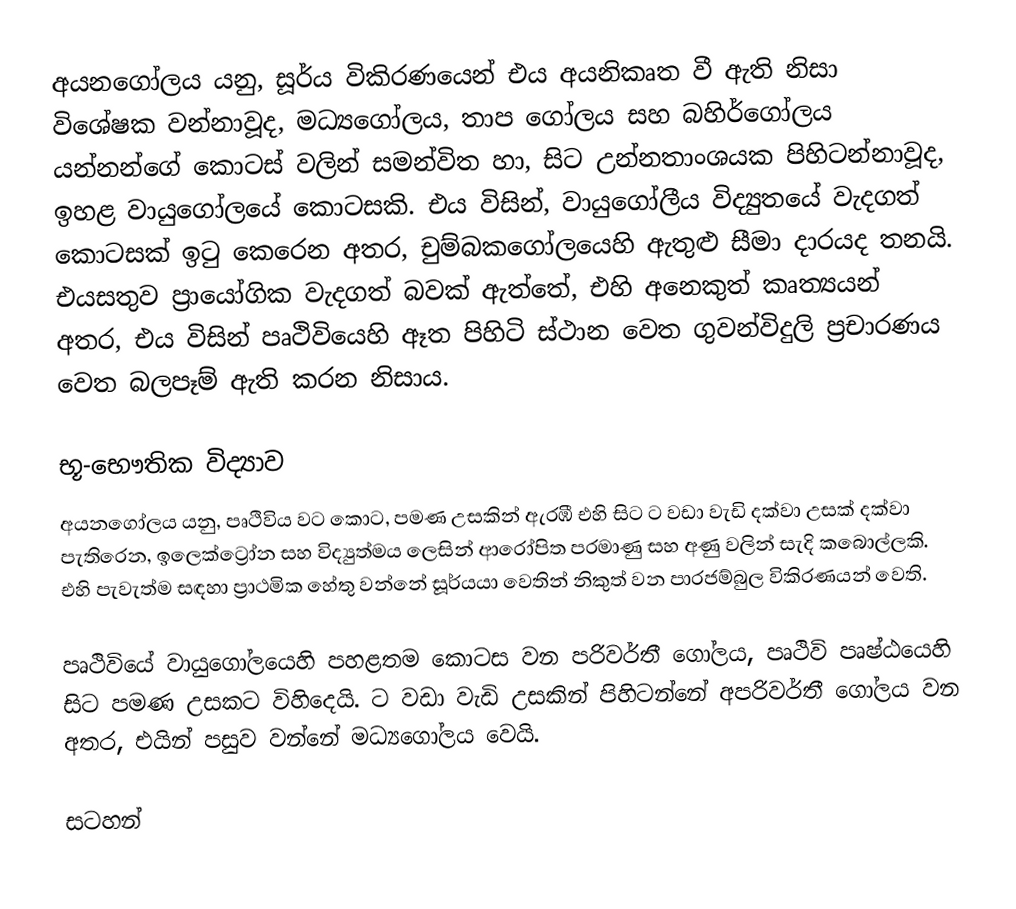
අයනගෝලය යනු,   සූර්ය විකිරණයෙන් එය අයනිකෘත වී ඇති නිසා විශේෂක වන්නාවූද, මධ්‍යගෝලය, තාප ගෝලය සහ බහිර්ගෝලය යන්නන්ගේ කොටස් වලින් සමන්විත හා,  සිට  උන්නතාංශයක පිහිටන්නාවූද, ඉහළ වායුගෝලයේ කොටසකි. එය විසින්,  වායුගෝලීය විද්‍යුතයේ වැදගත් කොටසක් ඉටු කෙරෙන අතර,  චුම්බකගෝලයෙහි ඇතුළු සීමා දාරයද තනයි. එයසතුව ප්‍රායෝගික වැදගත් බවක් ඇත්තේ, එහි අනෙකුත් කෘත්‍යයන් අතර, එය විසින්  පෘථිවියෙහි ඈත පිහිටි ස්ථාන වෙත ගුවන්විදුලි ප්‍රචාරණය වෙත බලපෑම් ඇති කරන නිසාය.

භූ-භෞතික විද්‍යාව
අයනගෝලය යනු, පෘථිවිය වට කොට,   පමණ උසකින් ඇරඹී එහි සිට   ට වඩා වැඩි දක්වා උසක් දක්වා පැතිරෙන,  ඉලෙක්ට්‍රෝන සහ විද්‍යුත්මය ලෙසින් ආරෝපිත පරමාණු සහ අණු වලින් සැදි කබොල්ලකි. එහි පැවැත්ම සඳහා ප්‍රාථමික හේතු වන්නේ සූර්යයා වෙතින් නිකුත් වන පාරජම්බුල විකිරණයන් වෙති.

පෘථිවියේ වායුගෝලයෙහි පහළතම කොටස වන  පරිවර්තී ගෝලය, පෘථිවි පෘෂ්ඨයෙහි  සිට  පමණ උසකට විහිදෙයි.   ට වඩා වැඩි උසකින් පිහිටන්නේ අපරිවර්තී ගෝලය වන අතර, එයින් පසුව වන්නේ මධ්‍යගෝලය වෙයි.

සටහන්